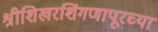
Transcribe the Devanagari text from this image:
श्रीशिखरशिंगणापूरच्या